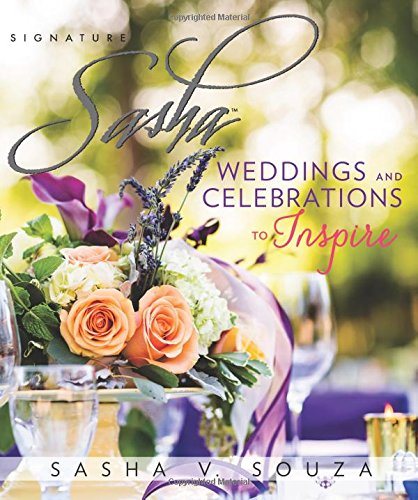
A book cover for Signature Sasha: Weddings and Celebrations to Inspire; Sasha Souza; Crafts, Hobbies & Home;